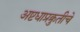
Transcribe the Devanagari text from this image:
अष्टधाप्रक्रुतीचे